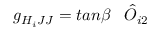
g _ { H _ { i } J J } = t a n \beta \; \; \; { \hat { O } } _ { i 2 }